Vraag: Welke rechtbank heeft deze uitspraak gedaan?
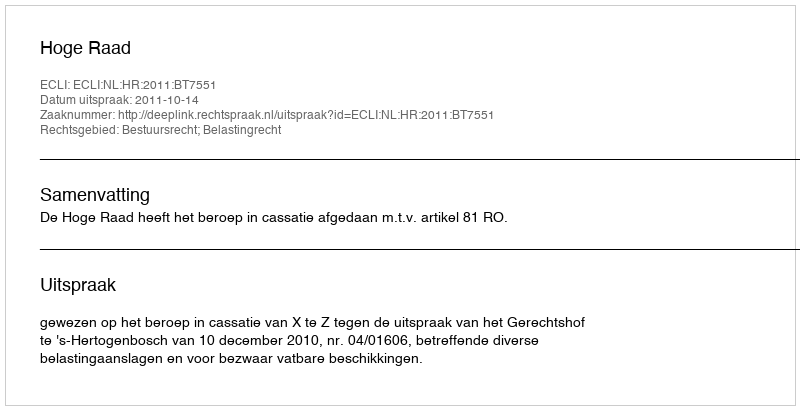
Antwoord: Hoge Raad